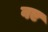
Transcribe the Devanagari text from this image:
वए